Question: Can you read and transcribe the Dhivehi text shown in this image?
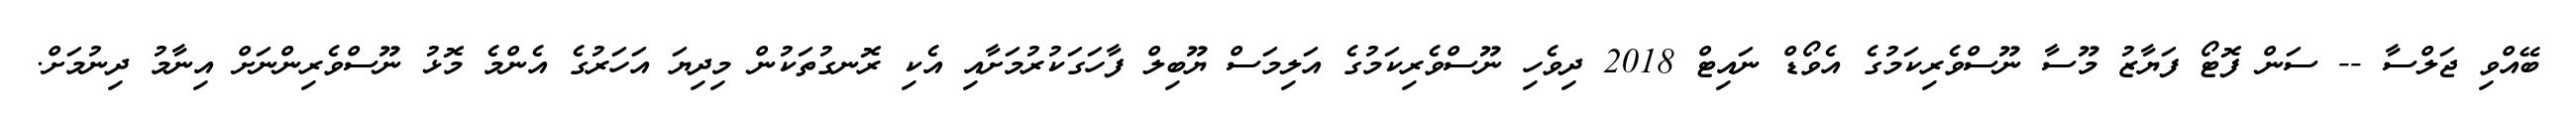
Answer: ބޭއްވި ޖަލްސާ -- ސަން ފޮޓޯ ފަޔާޒު މޫސާ ނޫސްވެރިކަމުގެ އެވޯޑް ނައިޓް 2018 ދިވެހި ނޫސްވެރިކަމުގެ އަލިމަސް ޔޫބިލް ފާހަގަކުރުމަށާއި އެކި ރޮނގުތަކުން މިދިޔަ އަހަރުގެ އެންމެ މޮޅު ނޫސްވެރިންނަށް އިނާމު ދިނުމަށް.